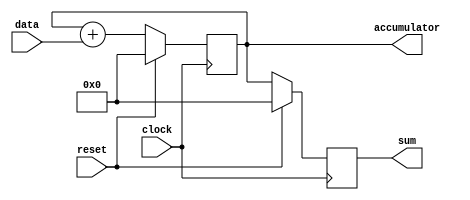
module accumulator (
    input clock,
    input reset,
    input data,
    output reg [31:0] sum,
    output reg [31:0] accumulator
);

always @(posedge clock) begin
    if (reset) begin
        accumulator <= 0;
        sum <= 0;
    end else begin
        accumulator <= accumulator + data;
        sum <= accumulator;
    end
end

endmodule